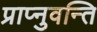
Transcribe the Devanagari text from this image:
प्राप्नुवन्ति